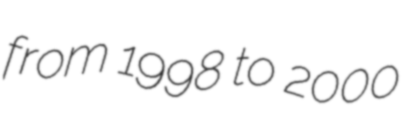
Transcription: from 1998 to 2000